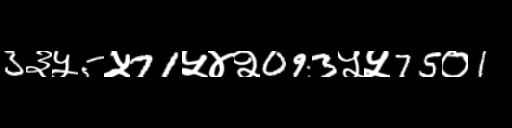
Text: 3३५5५71५४२093५५75०1